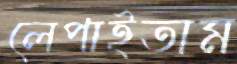
লেপাইতাম